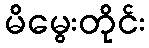
မိမွေးတိုင်း